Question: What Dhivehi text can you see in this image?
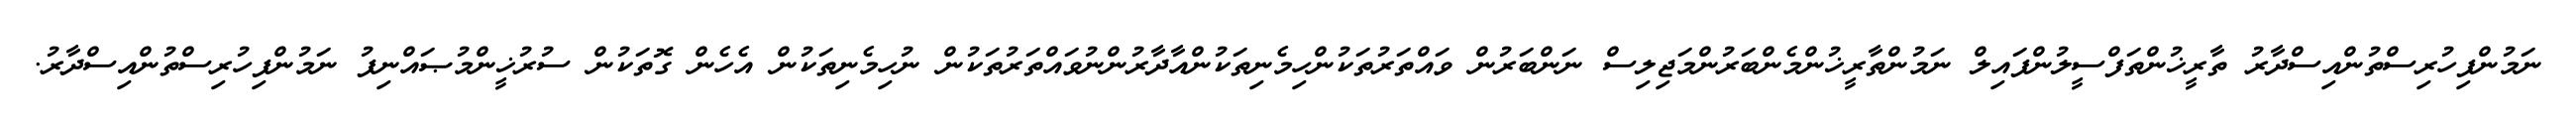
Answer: ނަމުންފިހުރިސްތުންއިސްދާރު ތާރީޚުންތަފްސީލުންފައިލް ނަމުންތާރީޚުންމެންބަރުންމަޖިލިސް ނަންބަރުން ވައްތަރުތަކުންހިމެނިތަކުންއާދާރުންނުވައްތަރުތަކުން ނުހިމެނިތަކުން އެހެން ގޮތަކުން ސުރުޚީންމުޞައްނިފު ނަމުންފިހުރިސްތުންއިސްދާރު.